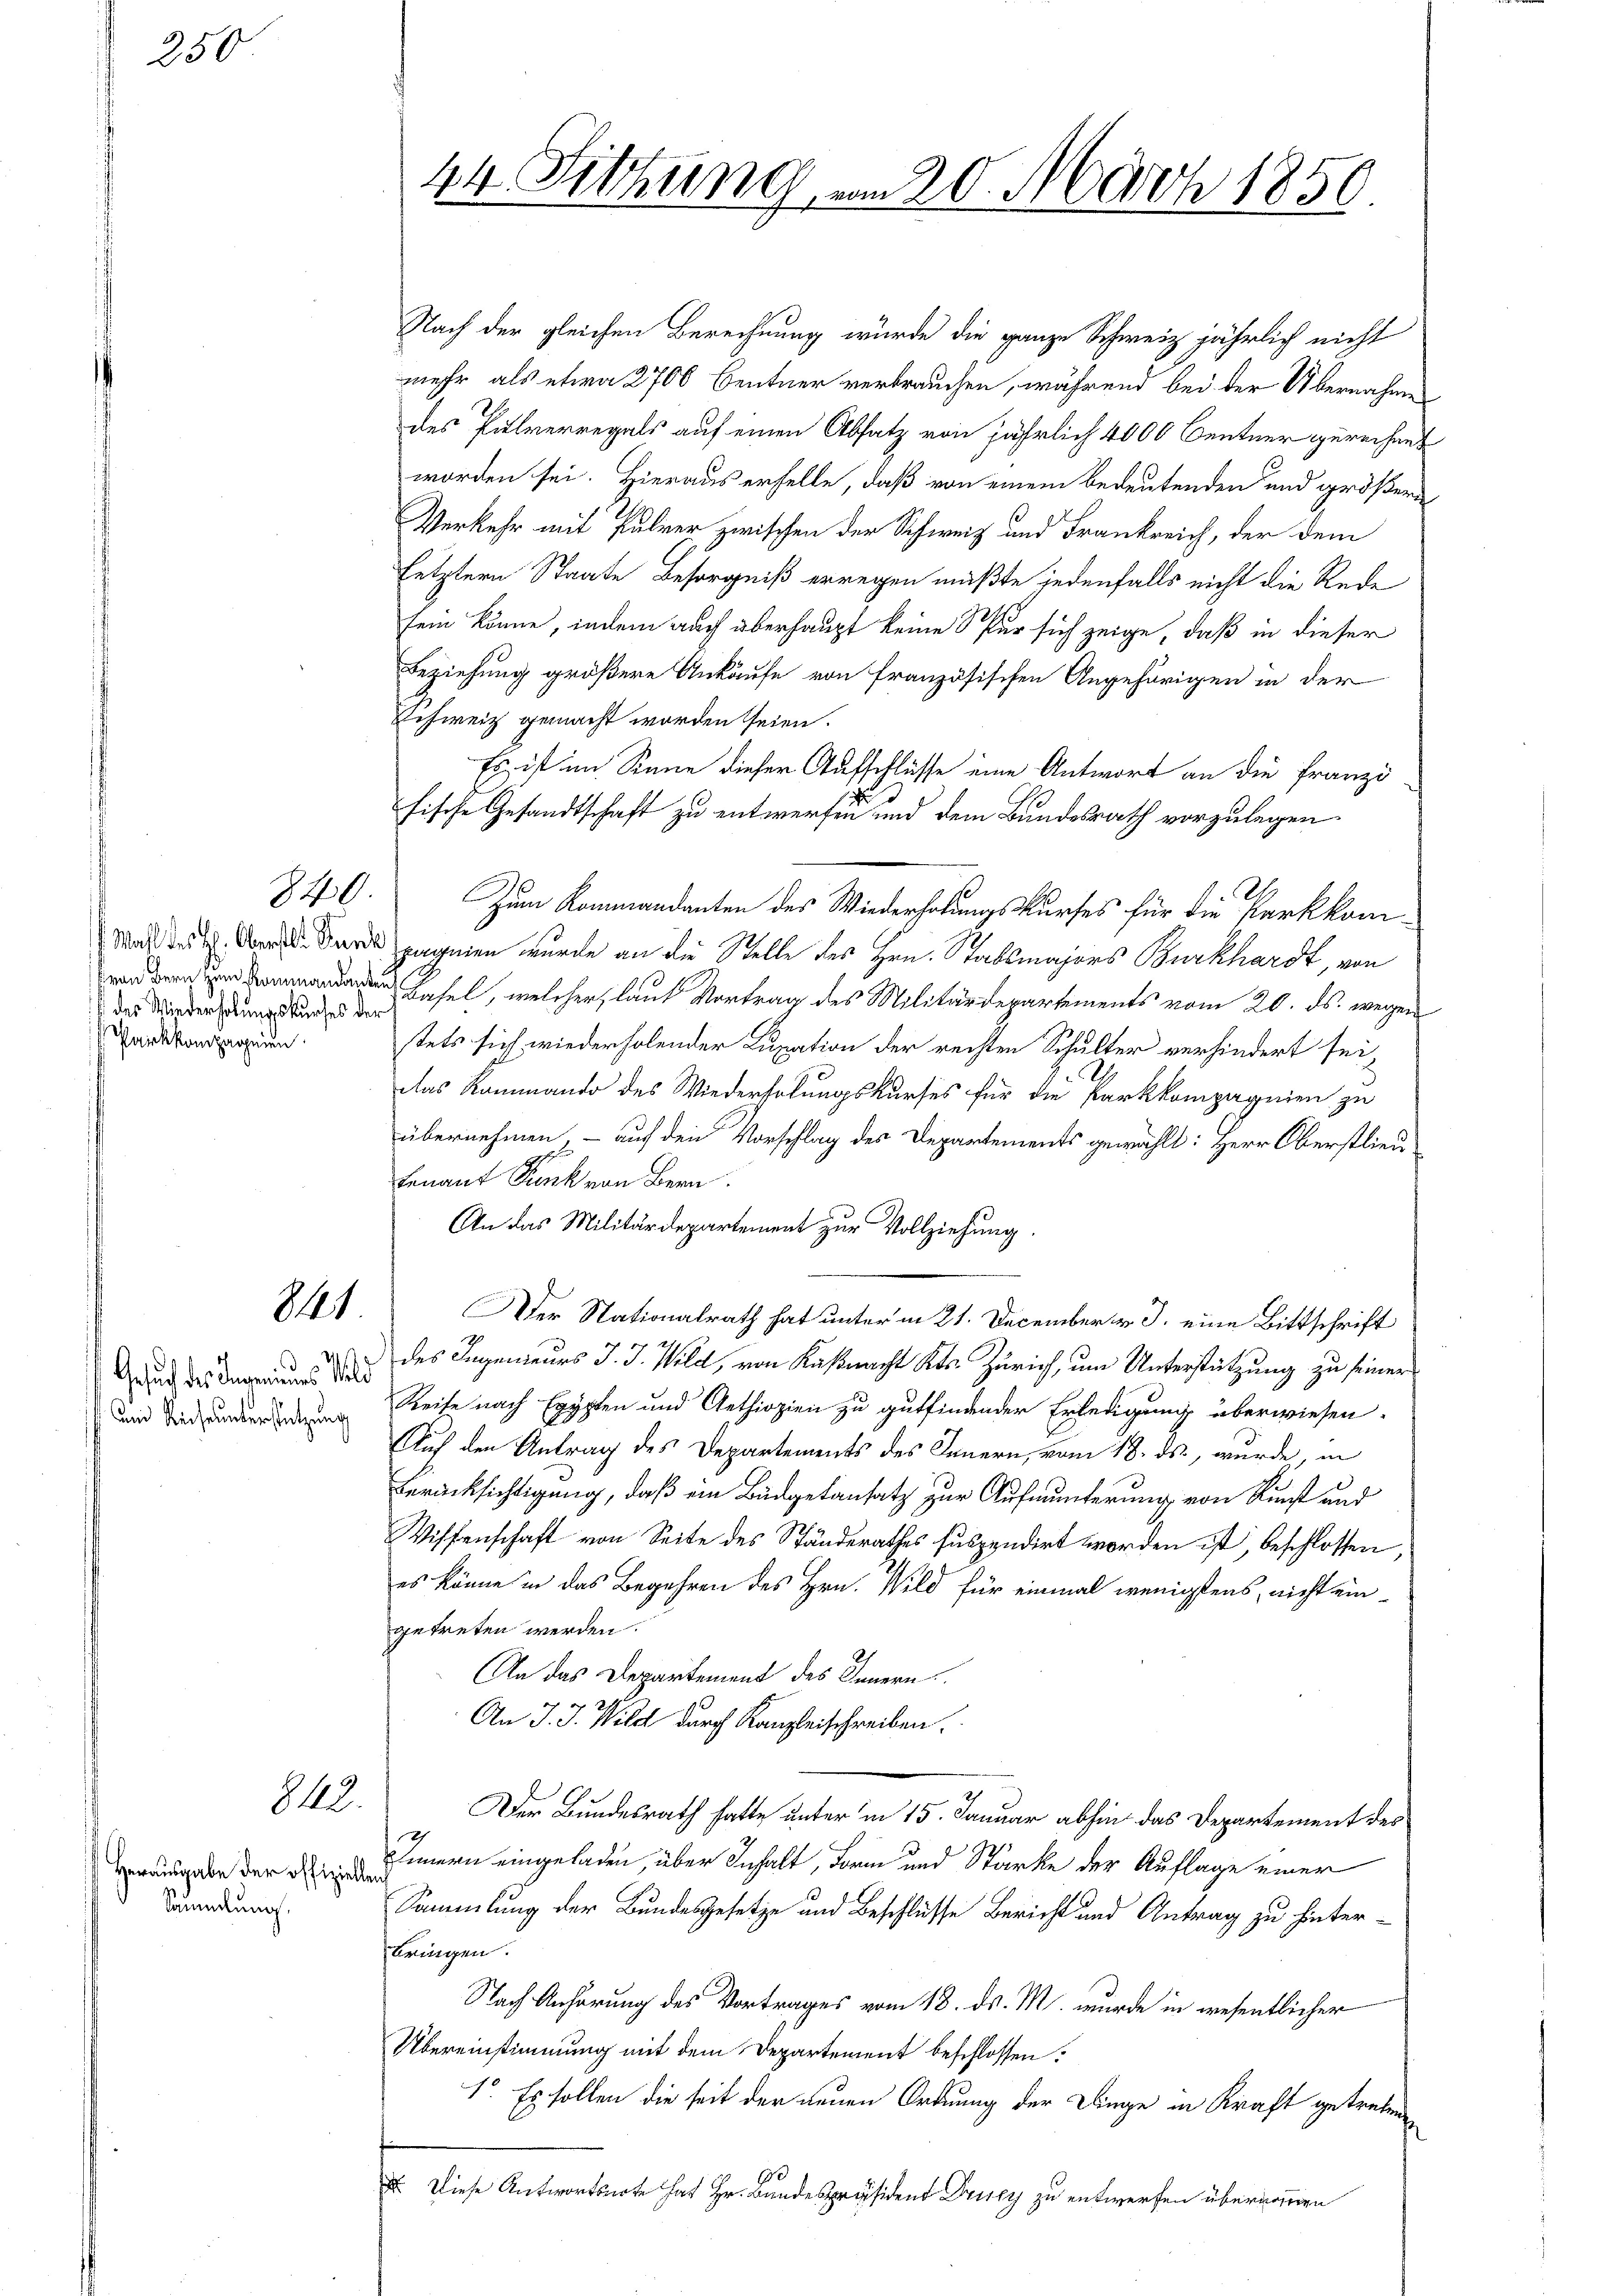
250

des Wiederholungskurses der
Parkkompagnien

840.

841

s
Gesuch des Ingemeines Bild
n Rich unterstützung

843.

Herausgabe der offizielle
Sammlung.

24 Sitzung vom 20. März 1859.

Nach der gleichen Berechnung wurde die ganze Schweiz jährlich nicht
mehr als etwa 2700 Centner verbrauchen, während bei der Übernahme
des Pulverregals auf einen Absatz von jährlich 4000 Centner gerechnet
worden sei. Hieraus erhelle, daß von einem bedeutenden und größere
Verkehr mit Pulver zwischen der Schweiz und Frankreich, der dem
letztern Staate Besorgniß erregen müßte jedenfalls nicht die Rede
sein könne, indem auch überhaupt keine Spur sich zeige, daß in dieser
Beziehung größere Ankäufe von Französischen Angehörigen in der
Schweiz gemacht worden seien.
Es ist im Sinne dieser Aufschlüsse eine Antwort an die Franzi
fische Gesandtschaft zu entwerfen und dem Bundesrath vorzulegen
Zum Kommandanten des Wiederholungskurses für die Parkkompagnien wurde an die Stelle des Hrn. Stabsmajors Burkhardt, von
 Hasel, welcher, laut Vortrag des Militärdepartements vom 20. ds. wegen
stets sich wiederholender Luxation der rechten Schulter verhindert sei,
das Rammando des Wiederholungskurses für die Parkkompagnien zu
übernehmen, – auf den Vorschlag des Departements gewählt: Herr Oberstlieu-
tenant Punk von Bern
An das Militärdepartement zur Vollziehung
Der Nationalrath hat unter in 21. December v. J. eine Bittschrift
des Ingenieurs J. J. Wild, von Küßnacht Kts. Zürich, um Unterstützung zu seiner
Reise nach Egypten und Aethiopien zu gutfindender Erledigung überwiesen.
Auf den Antrag des Departements des Innern, vom 18. ds., wurde, in
Berücksichtigung, daß ein Büdgetansatz zur Aufmunterung von Kunst und
Wiffenschaft von Seite des Ständerathes suspendirt worden ist, beschlossen,
es könne in das Begehren des Hrn. Wild für einmal wenigstens, nicht eingetreten werden.
An das Departement des Innern
An J. J. Wild durch Kanzleischreiben.
Der Bundesrath hatte unter in 15. Januar abhin das Departement des
Innern eingeladen, über Inhalt, Form und Stärke der Auflage einer
Sammlung der Bundesgesetze und Beschlüsse Bericht und Antrag zu hinterbringen.
Nach Anhörung des Vortrages vom 18. ds. M. wurde in wesentlicher
Übereinstimmung mit dem Departement beschlossen:
1. Es sollen die seit der neuen Ordnung der Dinge in Kraft getretenen
10
I. Diese Antwortsnote hat Hr. Bandespräsident Druey zu entwerfen übernommen